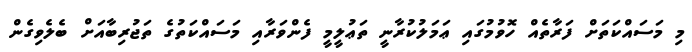
މި މަސައްކަތަށް ފަރާތެއް ހޮވުމުގައި ޢަމަލުކުރާނީ ތަޢުލީމީ ފެންވަރާއި މަސައްކަތުގެ ތަޖުރިބާއަށް ބެލެވިގެން